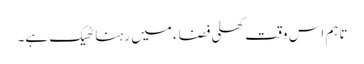
تاہم اس وقت کھلی فضاء میں رہنا ٹھیک ہے۔